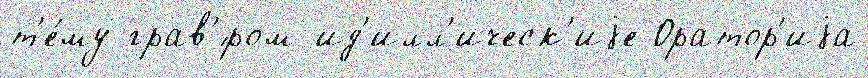
т'е́му грав'́ром ид'илл'ическ'иjе Оратор'иjа